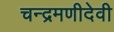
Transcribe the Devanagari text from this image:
चन्द्रमणीदेवी